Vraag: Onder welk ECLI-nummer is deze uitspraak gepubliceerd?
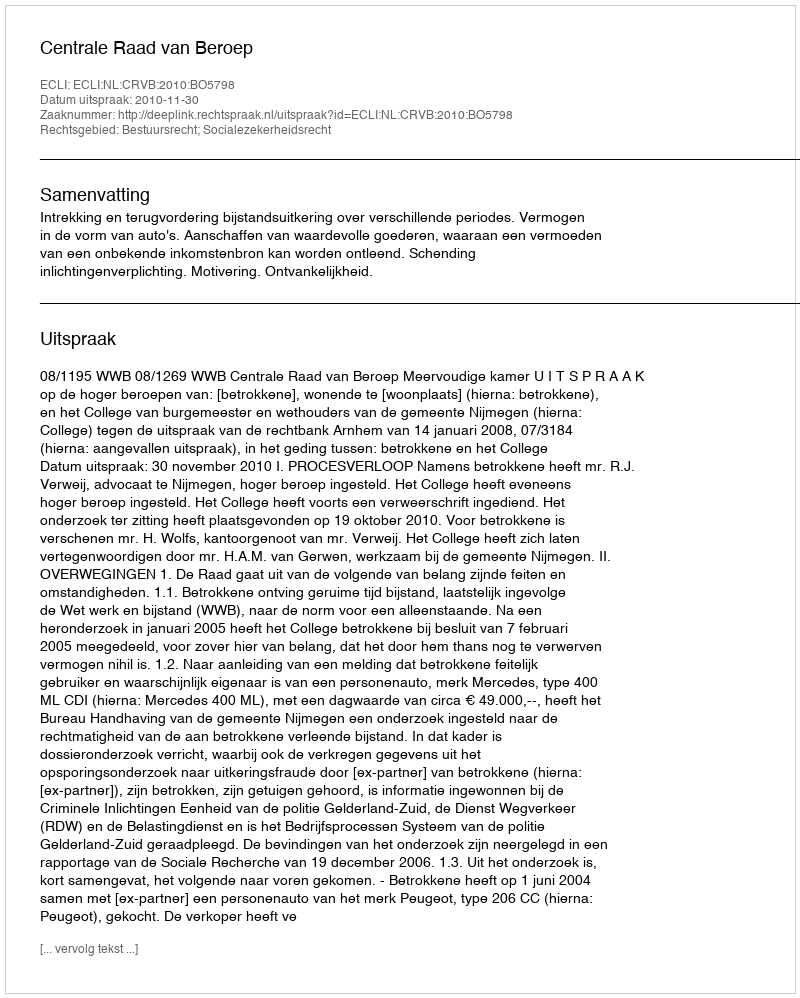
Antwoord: ECLI:NL:CRVB:2010:BO5798